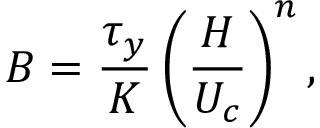
B = \frac { \tau _ { y } } { K } \left( \frac { H } { U _ { c } } \right) ^ { n } ,